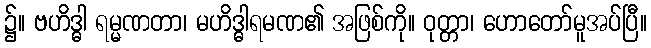
၌။ ဗဟိဒ္ဓါ ရမ္မဏတာ၊ မဟိဒ္ဓါရမဏ၏ အဖြစ်ကို။ ဝုတ္တာ၊ ဟောတော်မူအပ်ပြီ။